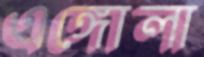
এঙ্গোলা